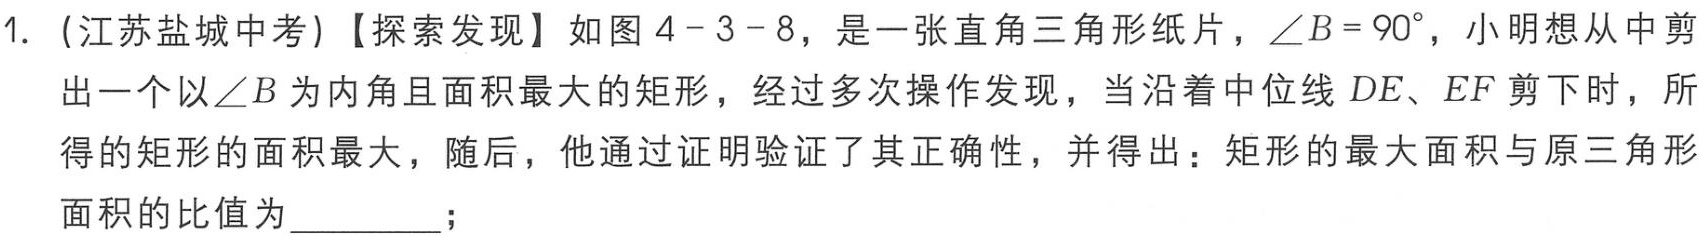
1. (江苏盐城中考)【探索发现】如图4 - 3 - 8，是一张直角三角形纸片，$\angle B = 90^{\circ}$，小明想从中剪出一个以$\angle B$为内角且面积最大的矩形，经过多次操作发现，当沿着中位线$DE$、$EF$剪下时，所得的矩形的面积最大，随后，他通过证明验证了其正确性，并得出：矩形的最大面积与原三角形面积的比值为_________；